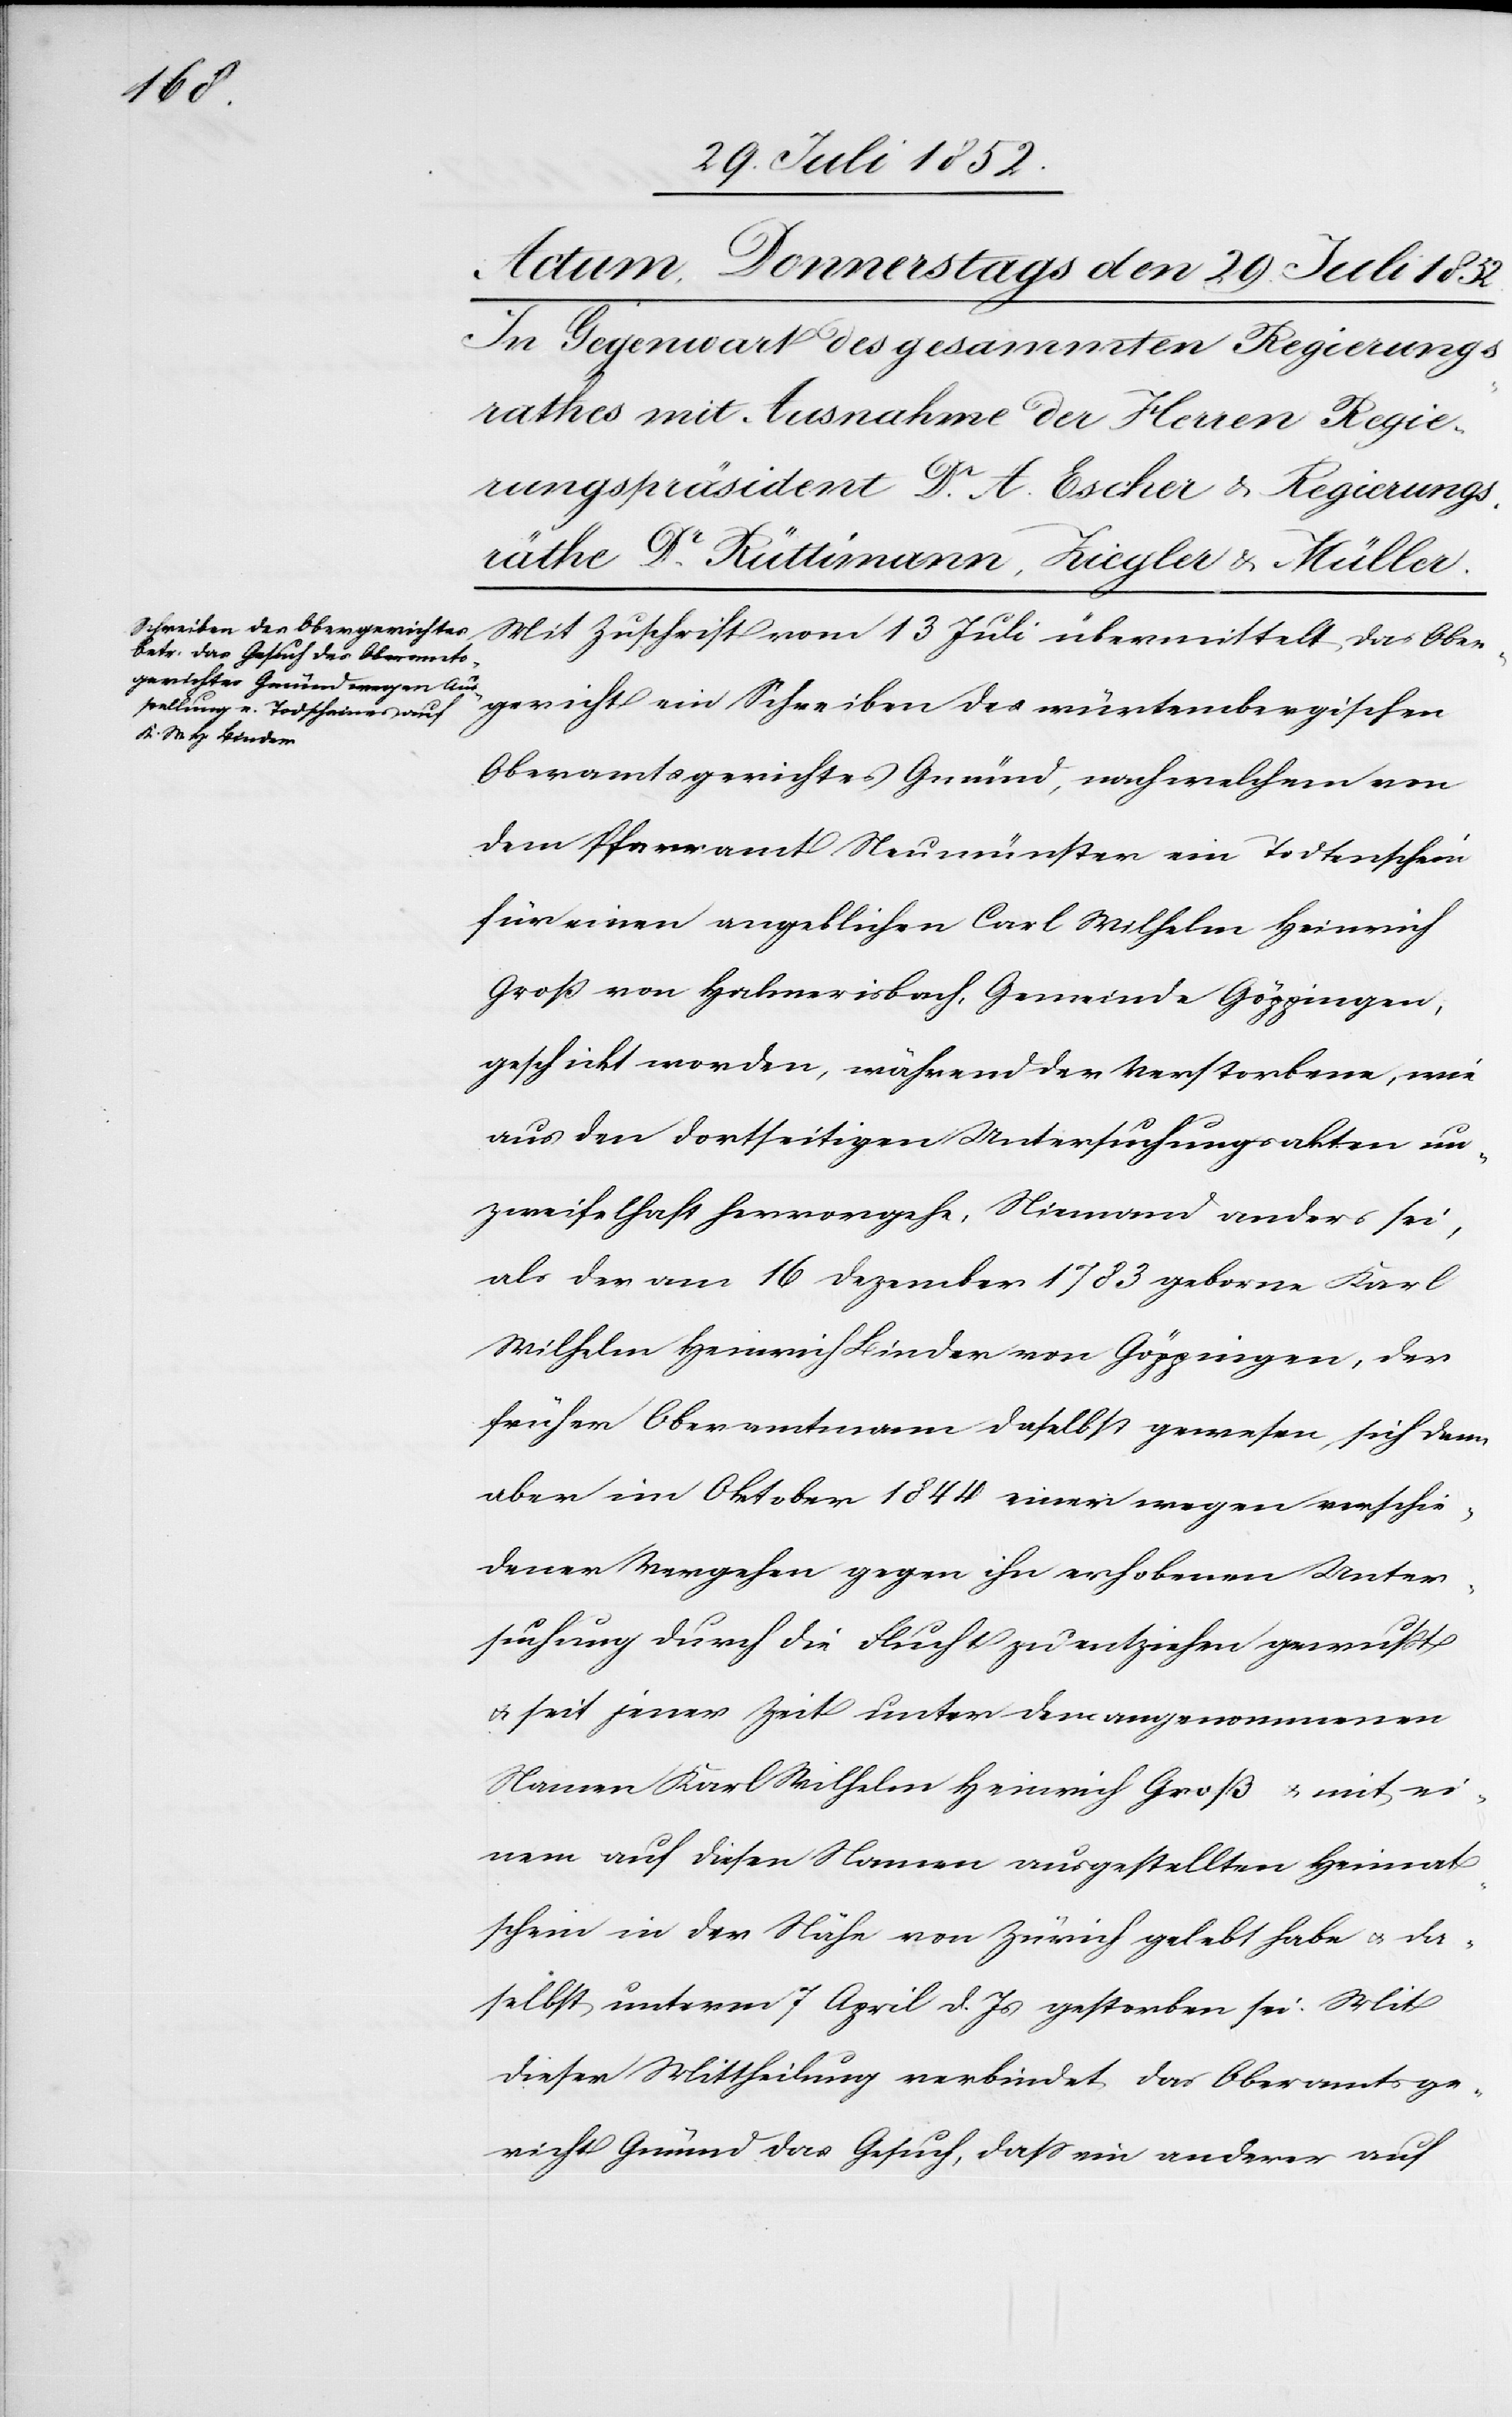
Mit Zuschrift vom 13 Juli übermittelt das Ober¬
gericht ein Schreiben des würtembergischen
Oberamtsgerichtes Gmünd, nach welchem von
dem Pfarramt Neumünster ein Todtenschein
für einen angeblichen Carl Wilhelm Heinrich
Groß von Halmerisbach, Gemeinde Göppingen,
geschickt worden, während der Verstorbene, wie
aus den dortseitigen Untersuchungsakten un¬
zweifelhaft hervorgehe, Niemand anders sei,
als der am 16 Dezember 1783 geborne Karl
Wilhelm Heinrich Binder von Göppingen, der
früher Oberamtmann daselbst gewesen, sich denn
aber im Oktober 1844 einer wegen verschie¬
dener Vergehen gegen ihn erhobenen Unter¬
suchung durch die Flucht zu entziehen gewußt
& seit jener Zeit unter dem angenommenen
Namen Karl Wilhelm Heinrich Groß & mit ei¬
nem auf diesen Namen ausgestellten Heimat¬
schein in der Nähe von Zürich gelebt habe & da¬
selbst unterm 7 April d. Js gestorben sei. Mit
dieser Mittheilung verbindet das Oberamtsge¬
richt Gmünd das Gesuch, dass ein anderer auf